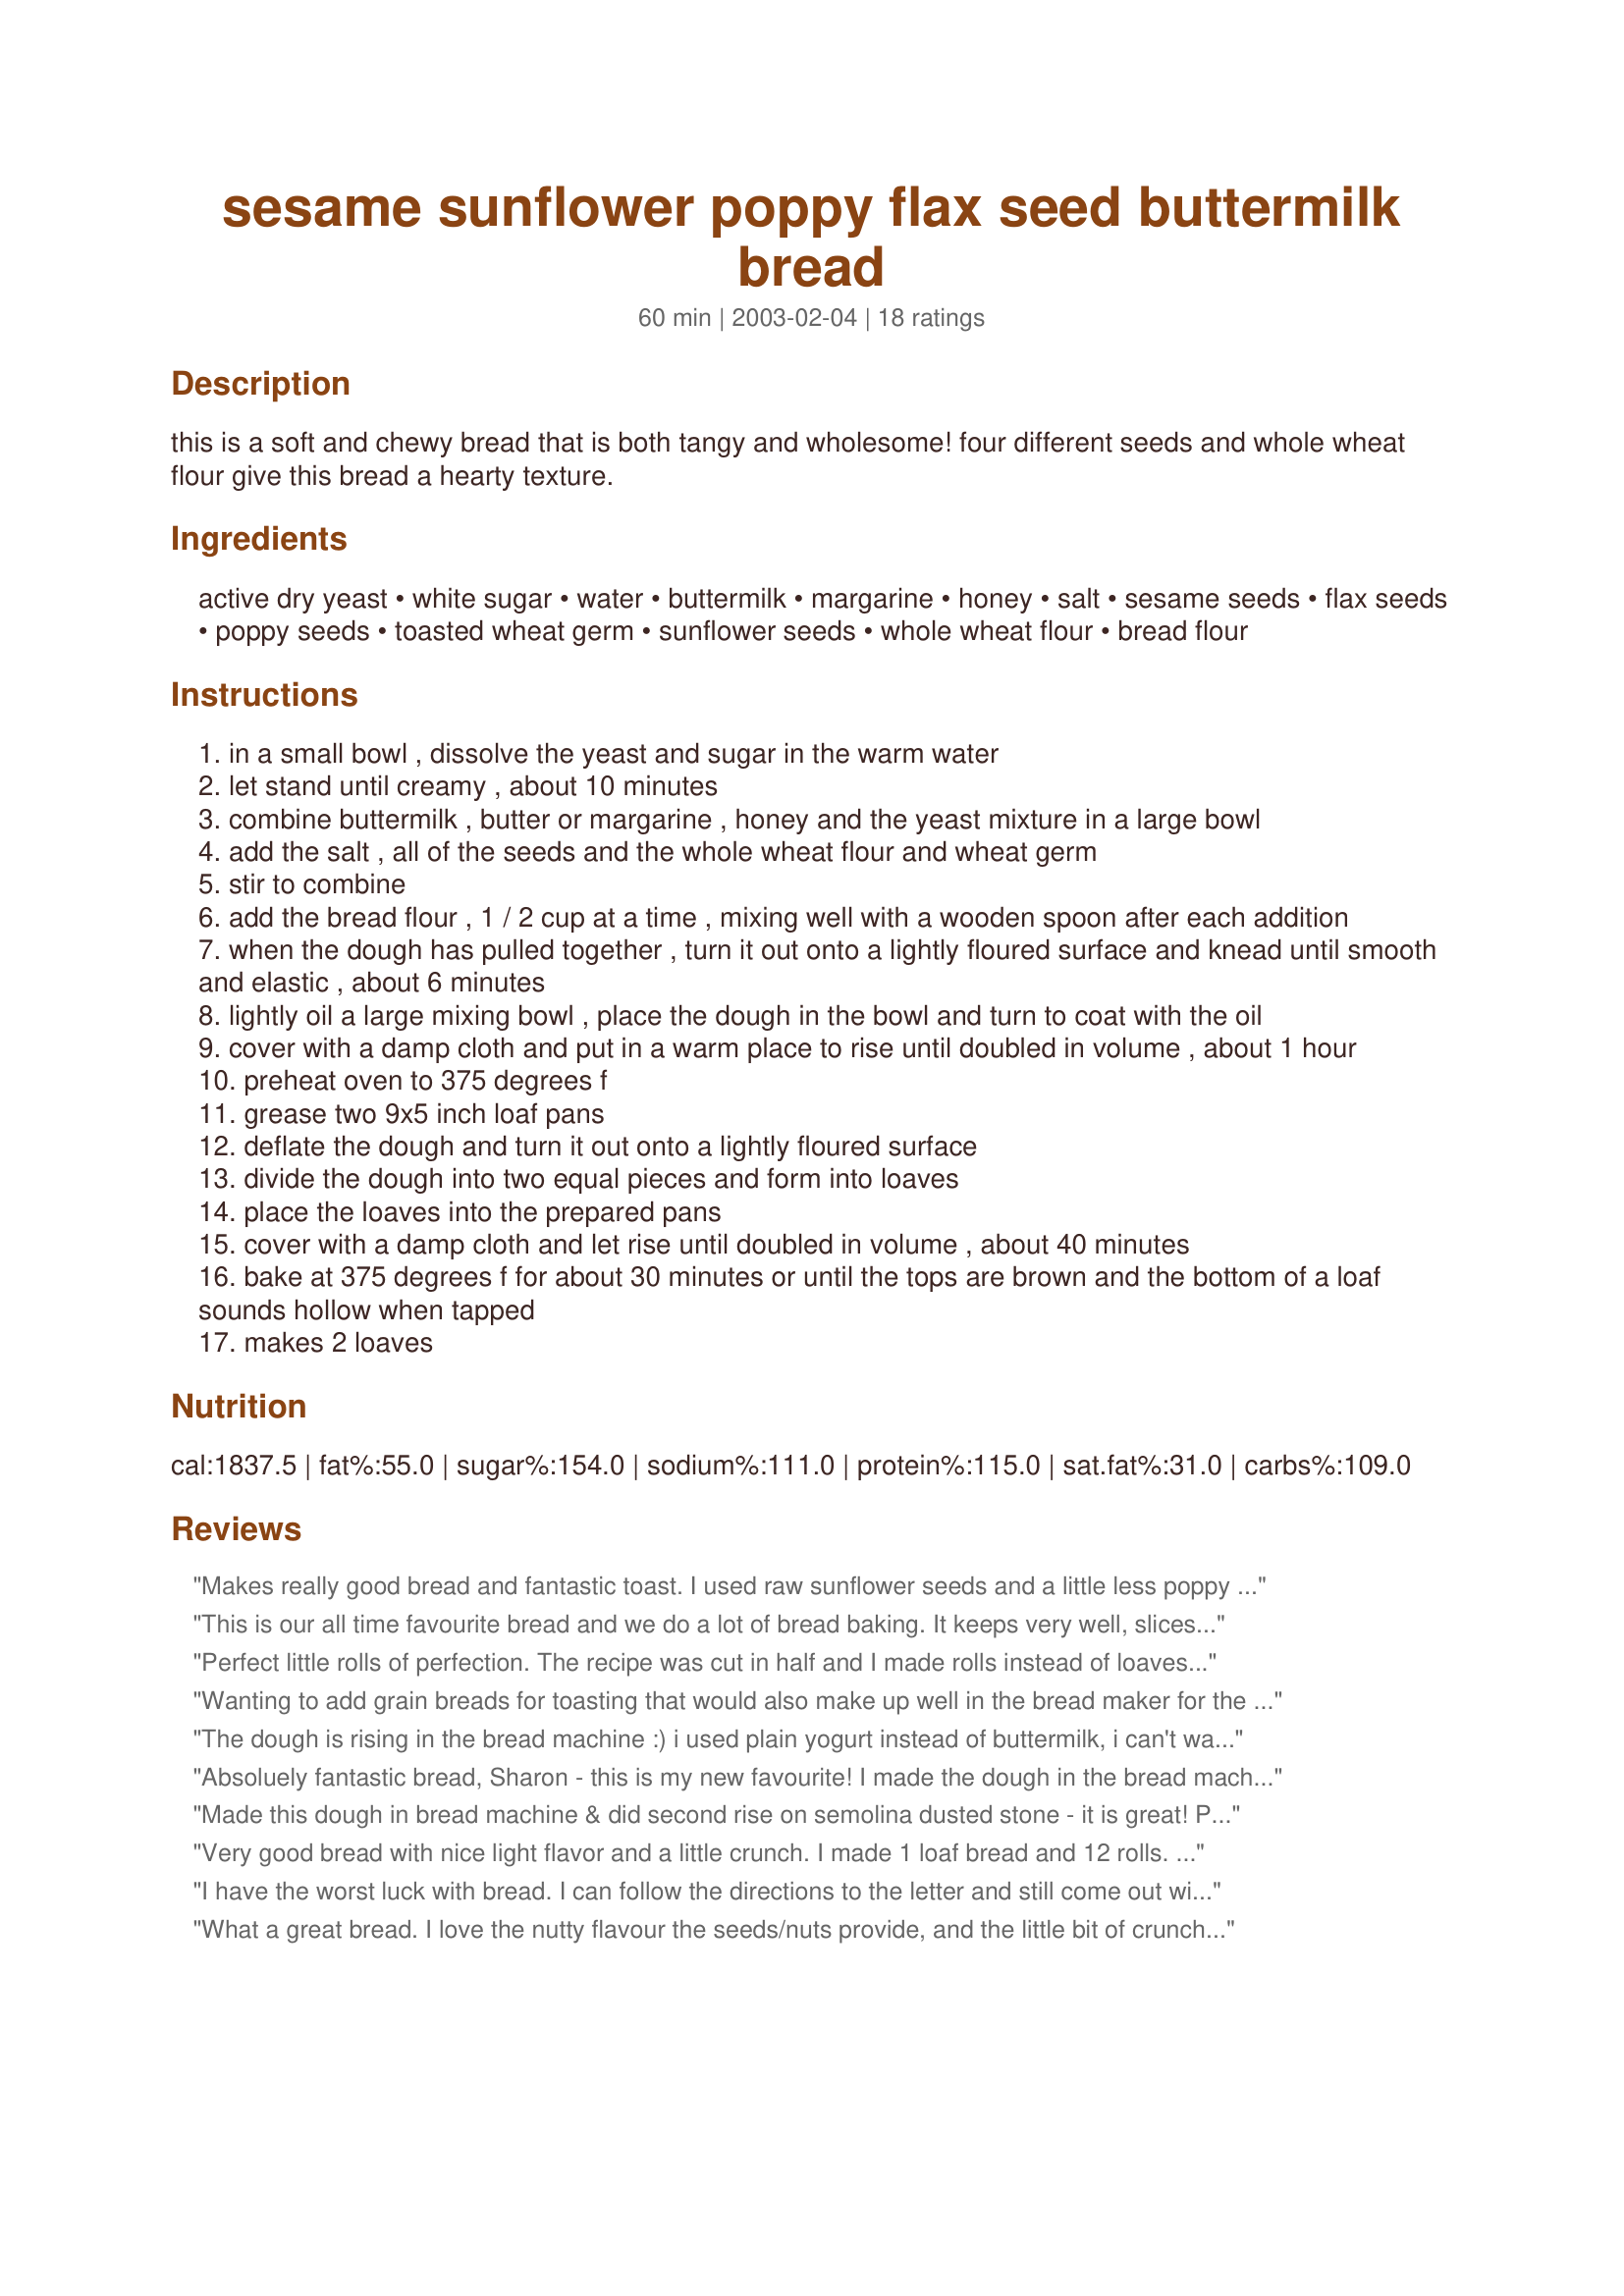
sesame sunflower poppy flax seed buttermilk bread
Preparation time: 60 minutes

this is a soft and chewy bread that is both tangy and wholesome! four different seeds and whole wheat flour give this bread a hearty texture.

Ingredients:
active dry yeast, white sugar, water, buttermilk, margarine, honey, salt, sesame seeds, flax seeds, poppy seeds, toasted wheat germ, sunflower seeds, whole wheat flour, bread flour

Steps:
in a small bowl , dissolve the yeast and sugar in the warm water
let stand until creamy , about 10 minutes
combine buttermilk , butter or margarine , honey and the yeast mixture in a large bowl
add the salt , all of the seeds and the whole wheat flour and wheat germ
stir to combine
add the bread flour , 1 / 2 cup at a time , mixing well with a wooden spoon after each addition
when the dough has pulled together , turn it out onto a lightly floured surface and knead until smooth and elastic , about 6 minutes
lightly oil a large mixing bowl , place the dough in the bowl and turn to coat with the oil
cover with a damp cloth and put in a warm place to rise until doubled in volume , about 1 hour
preheat oven to 375 degrees f
grease two 9x5 inch loaf pans
deflate the dough and turn it out onto a lightly floured surface
divide the dough into two equal pieces and form into loaves
place the loaves into the prepared pans
cover with a damp cloth and let rise until doubled in volume , about 40 minutes
bake at 375 degrees f for about 30 minutes or until the tops are brown and the bottom of a loaf sounds hollow when tapped
makes 2 loaves

Reviews:
Makes really good bread and fantastic toast. I used raw sunflower seeds and a little less poppy seeds because I ran out. I doubled the recipe and made four delicious loaves.
This is our all time favourite bread and we do a lot of bread baking. It keeps very well, slices well, and tastes amazing! I have substituted 2 cups of spelt flour for the whole wheat flour with equally great results. When it comes out of the oven it is impossible to resist. Thanks for making it available.
Perfect little rolls of perfection. The recipe was cut in half and I made rolls instead of loaves. Used an ABM to prep the dough and did a second rising on a cornmeal-covered baking stone. Baked about 20 minutes. Reviewed for ZWT #6.
Wanting to add grain breads for toasting that would also make up well in the bread maker for the days the wrists don't cooperate had me choose this recipe. The ingredients sounded really good and allowed me to make a half recipe - it is all I thought it would be. The aroma had the teenager and I anticipating and looking forward to those first slices. We all loved the taste and marvelled at the great texture. Much to my surprise it is wonderfully light. I took out the dough while mixing to get the feel of it and added a tablespoon of water - (the second time around I did as suggested on the flour package and added a tablespoon of lemon juice in place of the tablespoon of water) my flour needed that extra tablespoon of liquid. Highly recommend this one to anyone who enjoys grain breads, PS the first loaf didn't make it to the toaster!
The dough is rising in the bread machine :) i used plain yogurt instead of buttermilk, i can't wait !
So, like i said, i used the dough cycle:
Yeast + white sugar + half of the water you asked for.
I waited until it bubbled, then i added the rest and the dough was perfect :) i thought it didn't rise enough after the dough cycle, but aftert the second rising it was " trÃƒÂ¨s bien" And the bread is delicious haa ! Thank you very much !
Absoluely fantastic bread, Sharon - this is my new favourite! I made the dough in the bread machine, and then placed it in loaf pans and allowed it to double, before following the baking directions. I used 1/2 organic bread flour and 1/2 organic spelt flour, and switched the margine for olive oil. I loved all the seeds, the nuttiness from the wheat germ, and the flavour from the buttermilk - yum! Made for Best of 2010 Tag, and going straight into my Best of 2011 book!
Made this dough in bread machine & did second rise on semolina dusted stone - it is great! Perfect balance of lightness/chewiness with fresh grain flavor. Simply dumped all into bread machine & let her rip through the dough cycle. I used 1/4 cup each of sesame, flax, wheat germ, blanched almonds & cornmeal. Upped buttermilk to 1 3/4 cups ( my bread machine is 13+ yrs old & makes baaaad noises if the dough is too stiff - I come running - LOL) - turned out just right! Per PanNan's pic - I used an egg wash & both my slashed top loaves are perfect after 38 minutes at 350 degrees F. Had to escort DH out of kitchen to let the bread cool to cuttable temp (so it wouldn't just smoooosch the way they do when you cut them too hot) b/c it smells sooo good - nutty, wheaty, delectable. After cooling 30 minutes - we cut & had with sweet butter - this is a wonderful bread to be put into regular rotation! Mmmmmm! Thank you Sharon 123 for a great recipe we will use often! Can;t wait to make again when I have poppy seeds!
Very good bread with nice light flavor and a little crunch. I made 1 loaf bread and 12 rolls. Both rose well and were quite tasty. At 12 slices per loaf, you get about 2 1/3 grams fiber per slice. I felt as if I were eating healthy. Yummy!
I have the worst luck with bread. I can follow the directions to the letter and still come out with something better suited to a doorstop than anything that would resemble a loaf of bread. This, however, turned out perfect. For the seeds, I used black and white sesame seeds, flax, steel cut oats and bulgar wheat. I did an hour for the second rise (accidentally)on my pizza stone (dusted with cornmeal) and it turned out very soft, dense and crusty on the outside. Next time I will do the egg wash as others have suggested because it come out looking dry (though it certainly isn't.) Love it with Vegemite but, for the more conventional taste of my husband, melted butter or seasoned olive oil works great, too. Yum!!
What a great bread. I love the nutty flavour the seeds/nuts provide, and the little bit of crunch. Excellent bread fresh with cheese. I used ground flax seeds instead of whole. Thanks for an easy to make yummy, appealing bread. Reviewed for ZWT 4
Great toasted for breakfast. I only made one loaf but turned out great. Love all the seeds in it.
I made this bread yesterday. I didn't have buttermilk so I put two tbls of lemon juice into a measuring cup and added milk up to the 2 cup line. I also uses quinoa instead of wheat germ because I didn't have that, and added pepitas (pumpkin seeds). It turned out wonderfully! I used the dough cycle on my bread machine and am glad I did because the whole recipe makes too much for a bread machine (not a criticism). I then punched it down, split it between two regular bread pans, and had enough left to make two large hamburger buns, which we ate with pulled pork that evening. Let everything rise again for another 40 minutes (may need more on a cool day) and baked for 40-50 at 375. Turned out REALLY good. I think it will become a staple in our house!
Great bread, never cooked with flax seed before. This was lighter and softer than expected. Makes great toast. Made for ZWT6 for the Voracious Vagabonds.
It didn't rise properly. :( It was wonderful & makes excellent toast. i'll have to try again because I'm baffled as to why it didn't rise through the roof - the yeast was ALIVE, lol. Thanks for the GREAT recipe!
This was great! The loaves rose well and made wonderful sandwich bread. I made my own buttermilk by adding a bit of vinegar to regular skim milk and letting it sit for a little while.
Just delicious! Like others, I did a second rise (mostly because everyone else needed the oven the moment I needed it). It is tasty and the crust is just-right. Didn't have sunflower or sesame seeds, but that didn't matter because it was absolutely great! Makes great toast too.
I really loved this bread - simple and delicious! It has a lovely light texture. I didn't have flax or poppy seeds or wheat germ, so I added some pumpkin seeds and it was still good! Kids liked it too. Great with soup.
I loved the crunchiness of this seed bread. The crust was nice and crunchy, too, and the bread was soft and moist. Absolutely delicious. I did a free-form roundish loaf and baked it on the pizza stone. This will go in my favorite breads cookbook. Thanks for sharing this wonderful recipe.
